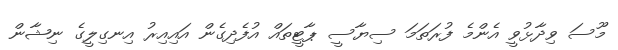
މޫސަ ވިދާޅުވީ އެންމެ ފުރަތަމަ ސިޔާސީ ޕާޓީތައް އުފެދިގެން އައިއިރު އިނގިލީގެ ނިޝާން